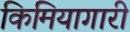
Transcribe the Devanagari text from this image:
किमियागारी